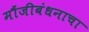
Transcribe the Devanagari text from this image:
मौंजीबंधनाचा